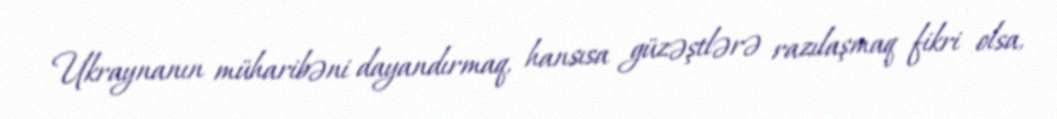
Ukraynanın müharibəni dayandırmaq, hansısa güzəştlərə razılaşmaq fikri olsa,